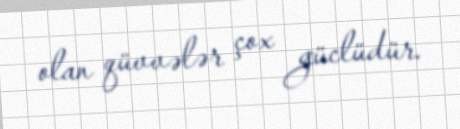
olan qüvvələr çox güclüdür.